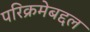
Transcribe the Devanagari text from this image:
परिक्रमेबद्दल